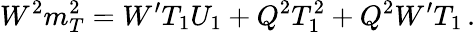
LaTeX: W^{2}m_{T}^{2}=W^{\prime}T_{1}U_{1}+Q^{2}T_{1}^{2}+Q^{2}W^{\prime}T_{1}\, .